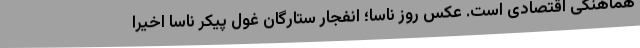
هماهنگی اقتصادی است. عکس روز ناسا؛ انفجار ستارگان غول پیکر ناسا اخیرا